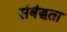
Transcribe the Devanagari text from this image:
संबंद्धता